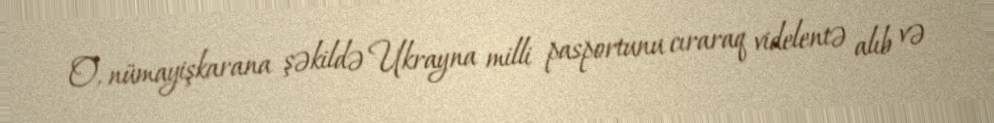
O, nümayişkarana şəkildə Ukrayna milli pasportunu cıraraq videlentə alıb və